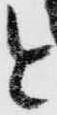
と